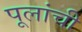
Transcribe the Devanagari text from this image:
पूलांची